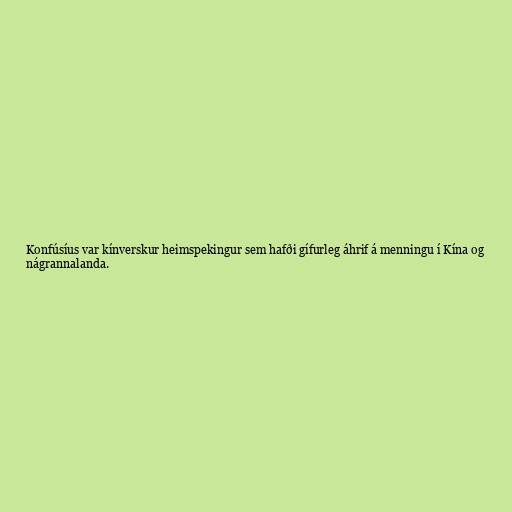
Konfúsíus var kínverskur heimspekingur sem hafði gífurleg áhrif á menningu í Kína og
nágrannalanda.